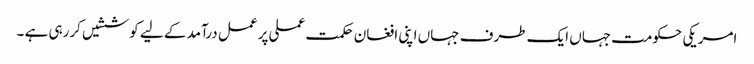
امریکی حکومت جہاں ایک طرف جہاں اپنی افغان حکمت عملی پر عمل درآمد کے لیے کوششیں کررہی ہے ۔